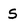
Character: s